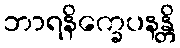
ဘာရနိက္ခေပနန္တိ